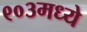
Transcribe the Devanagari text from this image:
९०३मध्ये